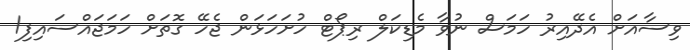
ވިސާއަށް އެދޭއިރު ހަމަސް ނުވާ މެޑިކަލް ރިޕޯޓް ހުށަހަޅަން ޖެހޭ ގޮތަށް ހަމަޖައްސައިފި1